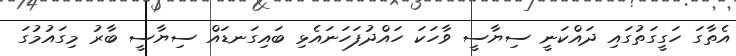
އެތާގަ ހަގީގަތުގައި ދައްކަނީ ސިޔާސީ ވާހަކަ ހައްދުފަހަނައެޅި ބައިގަނޑައް ސިޔާސީ ބާރު މިގައުމުގަ